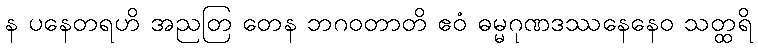
န ပနေတရဟိ အညတြ တေန ဘဂဝတာတိ ဧဝံ ဓမ္မဂုဏဒဿနေနေဝ သတ္ထရိ